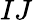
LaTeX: IJ